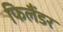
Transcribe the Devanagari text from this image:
फिलैंडर